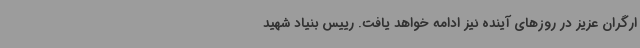
ارگران عزیز در روزهای آینده نیز ادامه خواهد یافت. رییس بنیاد شهید